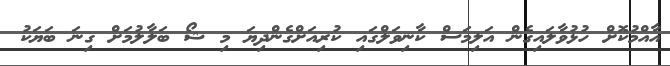
އާއްމުކޮށް ހުޅުވާލައިގެން އަލިމަސް ކާނިވަލްގައި ކުރިއަށްގެންދިޔަ މި ޝޯ ބަލާލުމަށް ގިނަ ބަޔަކު